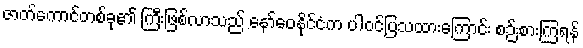
ဇာတ်ကောင်တစ်ခု၏ ကြီးဖြစ်လာသည် နော်ဝေနိုင်ငံက ပါဝင်ပြသထားကြောင်း စဉ်းစားကြရန်